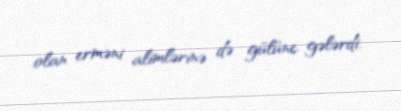
olan erməni alimlərinə də gülünc gələrdi.